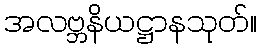
အလဗ္ဘနိယဋ္ဌာနသုတ်။